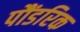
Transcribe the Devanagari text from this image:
पौंडरिक